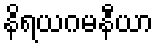
နိရယဂမနီယာ